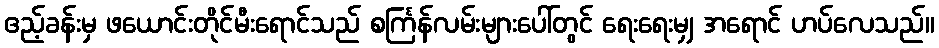
ဧည့်ခန်းမှ ဖယောင်းတိုင်မီးရောင်သည် စင်္ကြန်လမ်းများပေါ်တွင် ရေးရေးမျှ အရောင် ဟပ်လေသည်။